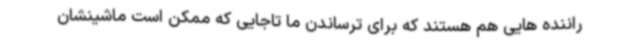
راننده هایی هم هستند که برای ترساندن ما تاجایی که ممکن است ماشینشان